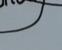
Signature authenticity: genuine